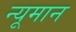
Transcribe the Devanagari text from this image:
न्यूमान